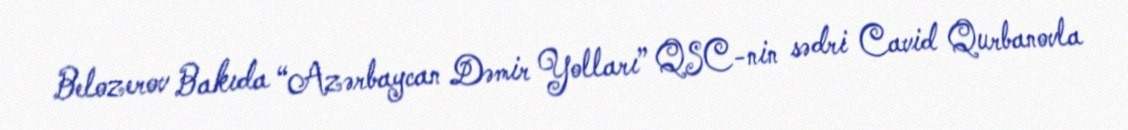
Belozerov Bakıda “Azərbaycan Dəmir Yolları” QSC-nin sədri Cavid Qurbanovla